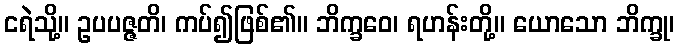
ငရဲသို့။ ဥပပဇ္ဇတိ၊ ကပ်၍ဖြစ်၏။ ဘိက္ခဝေ၊ ရဟန်းတို့။ ယောသော ဘိက္ခု၊